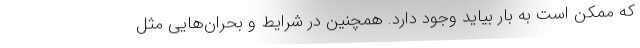
که ممکن است به بار بیاید وجود دارد. همچنین در شرایط و بحران‌هایی مثل